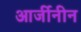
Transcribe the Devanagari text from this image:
आर्जीनीन